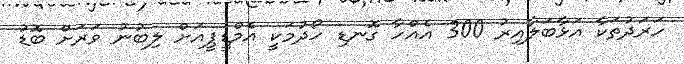
ހަރަދުތަކާ އަޅާބަލާއިރު 300 އެއްހާ ގޮނޑި ހޯދުމަކީ އެމްޑީޕީއަށް ލިބުނު ވަރަށް ބޮޑު